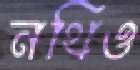
নথিও